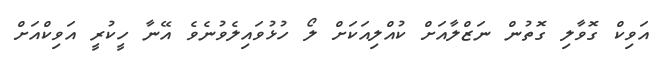
އަވިކް ގޮވާލި ގޮތުން ނަޒްލާއަށް ކުއްލިއަކަށް ލޯ ހުޅުވައިލެވުނެވެ އޭނާ ހީކުރީ އަވިކްއަށް